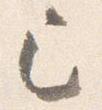
已